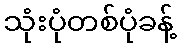
သုံးပုံတစ်ပုံခန့်